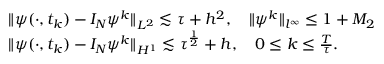
\begin{array} { r l } & { \| \psi ( \cdot , t _ { k } ) - I _ { N } \psi ^ { k } \| _ { L ^ { 2 } } \lesssim \tau + h ^ { 2 } , \quad \| \psi ^ { k } \| _ { l ^ { \infty } } \leq 1 + M _ { 2 } } \\ & { \| \psi ( \cdot , t _ { k } ) - I _ { N } \psi ^ { k } \| _ { H ^ { 1 } } \lesssim \tau ^ { \frac { 1 } { 2 } } + h , \quad 0 \leq k \leq \frac { T } { \tau } . } \end{array}